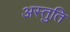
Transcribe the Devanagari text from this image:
अस्तुति